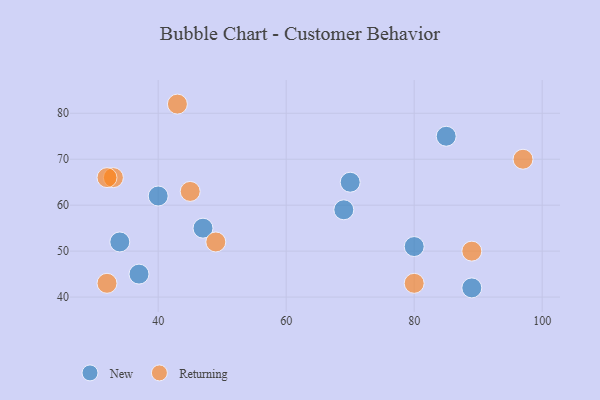
{"axis": {"x": "GDP", "y": "Life Expectancy"}, "legend": ["New", "Returning"], "data": [{"x": "89", "y": 42, "type": "New"}, {"x": "47", "y": 55, "type": "New"}, {"x": "40", "y": 62, "type": "New"}, {"x": "85", "y": 75, "type": "New"}, {"x": "37", "y": 45, "type": "New"}, {"x": "69", "y": 59, "type": "New"}, {"x": "34", "y": 52, "type": "New"}, {"x": "80", "y": 51, "type": "New"}, {"x": "70", "y": 65, "type": "New"}, {"x": "80", "y": 43, "type": "Returning"}, {"x": "49", "y": 52, "type": "Returning"}, {"x": "45", "y": 63, "type": "Returning"}, {"x": "32", "y": 43, "type": "Returning"}, {"x": "33", "y": 66, "type": "Returning"}, {"x": "89", "y": 50, "type": "Returning"}, {"x": "32", "y": 66, "type": "Returning"}, {"x": "43", "y": 82, "type": "Returning"}, {"x": "97", "y": 70, "type": "Returning"}]}